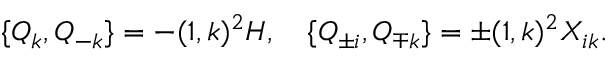
\{ Q _ { k } , Q _ { - k } \} = - ( 1 , k ) ^ { 2 } H , \quad \{ Q _ { \pm i } , Q _ { \mp k } \} = \pm ( 1 , k ) ^ { 2 } X _ { i k } .